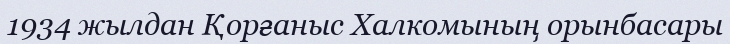
1934 жылдан Қорғаныс Халкомының орынбасары